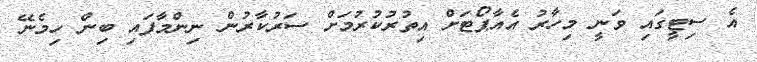
އެ ސިޓީގައި ވަނީ މިހާރު އެއާޕޯޓަށް އިތުރުކުރުމަށް ސަރުކާރުން ނިންމާފައި ބިން ހިމެނޭ